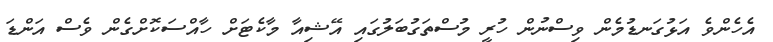
އެހެންވެ އަޅުގަނޑުމެން ވިސްނުން ހުރީ މުސްތަގުބަލުގައި އޭޝިއާ މާކެޓަށް ހާއްސަކޮށްގެން ވެސް އަންޑަ